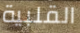
القلبية